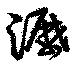
瀝